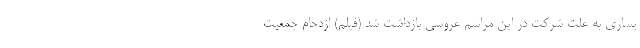
یساری به علت شرکت در این مراسم عروسی بازداشت شد (فیلم) ازدحام جمعیت